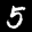
Label: 5